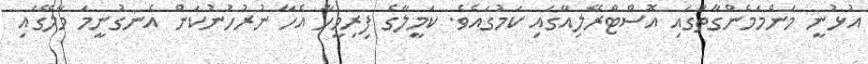
އުޅުނީ މަންމަމެންގާތުގައި އޮސްޓްރޭލިއާގައި ކަމުގައެވެ. ކަމީލާގެ ފިރިމީހާ އެހާ ނުރުހުނުކަން އެނގުނީމަ މާލޭގައި